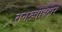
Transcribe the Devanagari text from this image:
तनख़्वाहदार